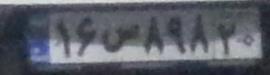
۱۶ص۸۹۸۲۰